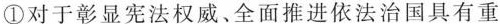
①对于彰显宪法权威。全面推进依法治国具有重